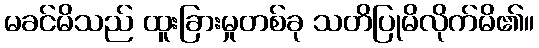
မခင်မိသည် ထူးခြားမှုတစ်ခု သတိပြုမိလိုက်မိ၏။